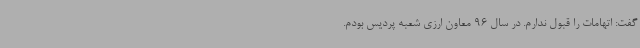
گفت: اتهامات را قبول ندارم. در سال 96 معاون ارزی شعبه پردیس بودم.